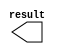
module const1 (
	result)/* synthesis synthesis_clearbox = 1 */;

	output	[31:0]  result;

endmodule